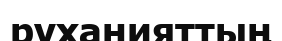
руханияттың